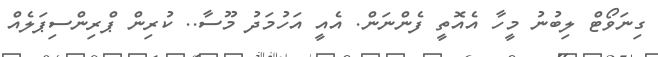
ގިނަވޯޓް ލިބުނު މީހާ އެއޮތީ ފެންނަން. އެއީ އަހުމަދު މޫސާ.. ކުރިން ޕްރިންސިޕަލެއް